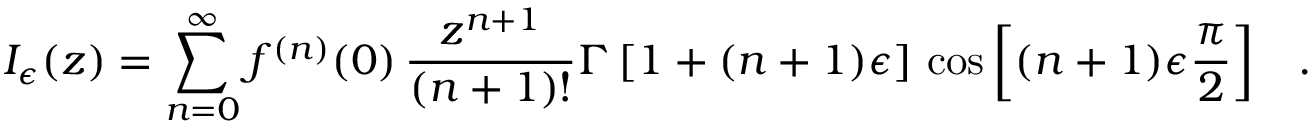
I _ { \epsilon } ( z ) = \sum _ { n = 0 } ^ { \infty } f ^ { ( n ) } ( 0 ) \, \frac { z ^ { n + 1 } } { ( n + 1 ) ! } \Gamma \left[ 1 + ( n + 1 ) \epsilon \right] \, \cos \left[ ( n + 1 ) \epsilon \frac { \pi } { 2 } \right] \; \; \; .